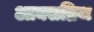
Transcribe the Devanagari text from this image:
आक्सब्रिज